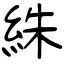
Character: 絑